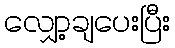
လျှော့ချပေးပြီး